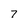
Character: 7